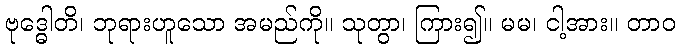
ဗုဒ္ဓေါတိ၊ ဘုရားဟူသော အမည်ကို။ သုတွာ၊ ကြား၍။ မမ၊ ငါ့အား။ တာဝ